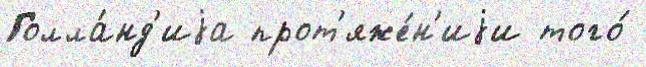
Голла́нд'иjа прот'яже́н'иjи того́